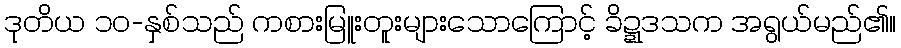
ဒုတိယ ၁၀-နှစ်သည် ကစားမြူးတူးများသောကြောင့် ခိဍ္ဍဒသက အရွယ်မည်၏။